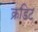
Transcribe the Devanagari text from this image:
क्रडिट